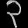
Digit: ၃